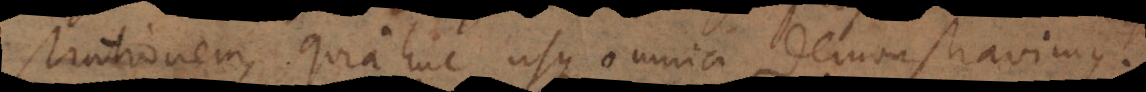
demonstrationem, quia huc usque omnia demonstravimus.